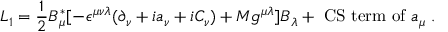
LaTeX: { \cal L } _ { 1 } = \frac { 1 } { 2 } B _ { \mu } ^ { * } [ - \epsilon ^ { \mu \nu \lambda } ( \partial _ { \nu } + i a _ { \nu } + i C _ { \nu } ) + M g ^ { \mu \lambda } ] B _ { \lambda } + \mathrm { ~ C S ~ t e r m ~ o f } ~ a _ { \mu } \; .